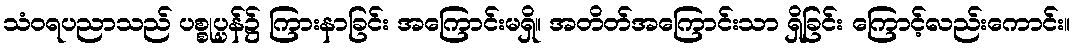
သံဝရပညာသည် ပစ္စုပ္ပန်၌ ကြားနာခြင်း အကြောင်းမရှိ။ အတိတ်အကြောင်းသာ ရှိခြင်း ကြောင့်လည်းကောင်း။